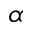
\alpha